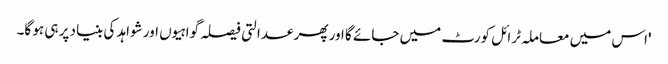
'اس میں معاملہ ٹرائل کورٹ میں جائے گا اور پھر عدالتی فیصلہ گواہیوں اور شواہد کی بنیاد پر ہی ہو گا۔